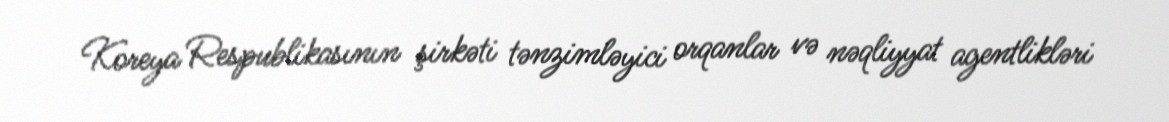
Koreya Respublikasının şirkəti tənzimləyici orqanlar və nəqliyyat agentlikləri